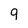
Character: 9